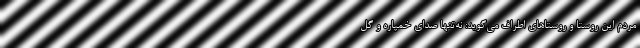
مردم این روستا و روستاهای اطراف می‌گوید: نه‌تنها صدای خمپاره و گل